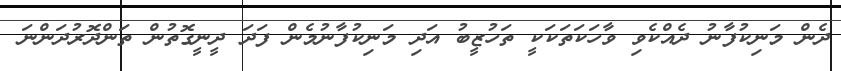
ދެން މަނިކުފާނު ދެއްކެވި ވާހަކަތަކަކީ ތަހުޒީބު އަދި މަނިކުފާނުމެން ފަދަ ދީނީގޮތުން ތަންދޮރުދަންނަ